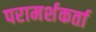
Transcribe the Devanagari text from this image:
परामर्शकर्ता